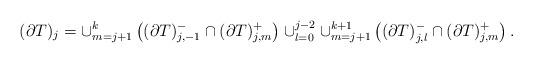
LaTeX: \begin{align*}(\partial T)_{j}=\cup_{m=j+1}^k\left( (\partial T)_{j,-1}^-\cap (\partial T)_{j,m}^+ \right)\cup_{l=0}^{j-2}\cup_{m=j+1}^{k+1}\left( (\partial T)_{j,l}^-\cap(\partial T)_{j,m}^+ \right).\end{align*}